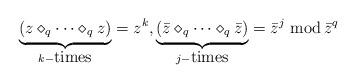
LaTeX: \begin{align*}\underbrace{(z \diamond_q \cdots \diamond_q z)}_{k-\mbox{times}} =z^k,\underbrace{(\bar{z} \diamond_q \cdots \diamond_q \bar{z})}_{j-\mbox{times}}=\bar{z}^j \mbox{ mod}\,\bar{z}^q\end{align*}